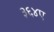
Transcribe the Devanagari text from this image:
३६४ए